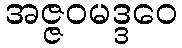
အဇ္ဇဝမဒ္ဒဝေ